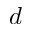
d